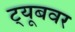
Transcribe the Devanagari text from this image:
ट्यूबवर